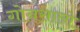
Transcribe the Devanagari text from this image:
गोनसालो